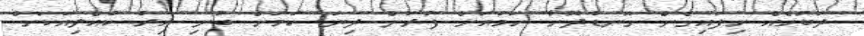
ދަބަހެއް ހިފައިގެން ގޮނޑުދޮށާ ހަމައަށް ފުރަން ދިޔަ ކަމަށް ބުނި އިރު ކުއްލިއަކަށް